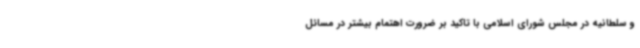
و سلطانیه در مجلس شورای اسلامی با تاکید بر ضرورت اهتمام بیشتر در مسائل